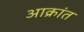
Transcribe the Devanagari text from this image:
अाक्रांत